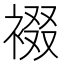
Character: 裰